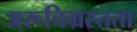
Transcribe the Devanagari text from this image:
अरूचिग्रस्तता